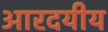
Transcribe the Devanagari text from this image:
आरदयीय